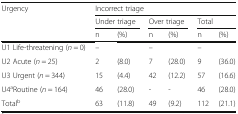
<table><thead><tr><td rowspan="3"><b>Urgency</b></td><td colspan="6"><b>Incorrect triage</b></td></tr><tr><td colspan="2"><b>Under triage</b></td><td colspan="2"><b>Over triage</b></td><td colspan="2"><b>Total</b></td></tr><tr><td><b>n</b></td><td><b>(%)</b></td><td><b>n</b></td><td><b>(%)</b></td><td><b>n</b></td><td><b>(%)</b></td></tr></thead><tbody><tr><td>U1 Life-threatening (<i>n</i> = 0)</td><td>–</td><td>[EMPTY_CELL]</td><td>–</td><td>[EMPTY_CELL]</td><td>–</td><td>[EMPTY_CELL]</td></tr><tr><td>U2 Acute (<i>n</i> = 25)</td><td>2</td><td>(8.0)</td><td>7</td><td>(28.0)</td><td>9</td><td>(36.0)</td></tr><tr><td>U3 Urgent (<i>n</i> = 344)</td><td>15</td><td>(4.4)</td><td>42</td><td>(12.2)</td><td>57</td><td>(16.6)</td></tr><tr><td>U4<sup>a</sup>Routine (<i>n</i> = 164)</td><td>46</td><td>(28.0)</td><td>-</td><td>-</td><td>46</td><td>(28.0)</td></tr><tr><td>Total<sup>b</sup></td><td>63</td><td>(11.8)</td><td>49</td><td>(9.2)</td><td>112</td><td>(21.1)</td></tr></tbody></table>